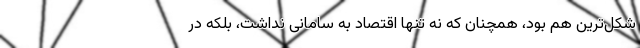
شکل‌ترین هم بود، همچنان که نه تنها اقتصاد به سامانی نداشت، بلکه در